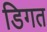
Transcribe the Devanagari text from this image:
डिगत